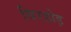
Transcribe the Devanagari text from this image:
बिरहोड़